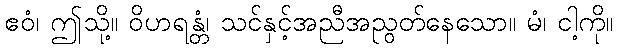
ဧဝံ၊ ဤသို့။ ဝိဟရန္တံ၊ သင်နှင့်အညီအညွတ်နေသော။ မံ၊ ငါ့ကို။